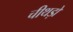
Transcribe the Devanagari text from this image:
चीथड़ों